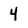
Character: 4